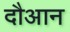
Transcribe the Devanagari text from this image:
दौआन